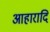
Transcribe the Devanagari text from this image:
आहारादि